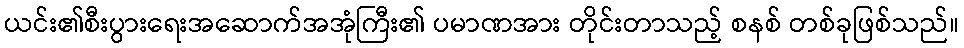
ယင်း၏စီးပွားရေးအဆောက်အအုံကြီး၏ ပမာဏအား တိုင်းတာသည့် စနစ် တစ်ခုဖြစ်သည်။